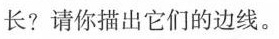
长?请你描出它们的边线。